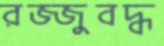
রজ্জুবদ্ধ